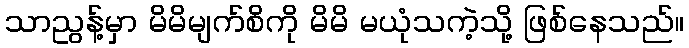
သာညွန့်မှာ မိမိမျက်စိကို မိမိ မယုံသကဲ့သို့ ဖြစ်နေသည်။